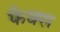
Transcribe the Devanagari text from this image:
फैक्‍स